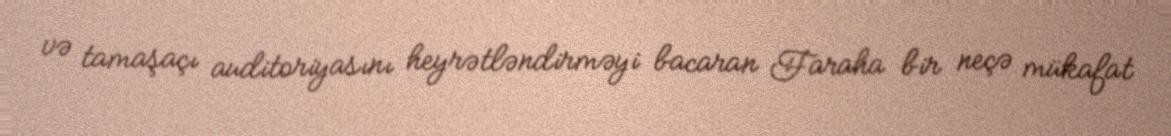
və tamaşaçı auditoriyasını heyrətləndirməyi bacaran Faraha bir neçə mükafat